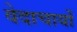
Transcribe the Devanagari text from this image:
वेदाचार्यों